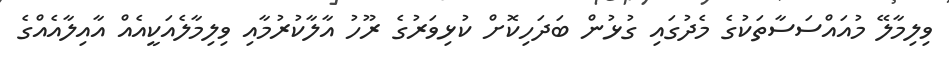
ވިލިމާލޭ މުއައްސަސާތަކުގެ މެދުގައި ގުޅުން ބަދަހިކޮށް ކުޅިވަރުގެ ރޫހު އާލާކުރުމާއި ވިލިމާލެއަކީއެއް އާއިލާއެއްގެ